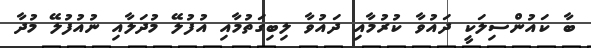
ބާ ކައުންސިލަކީ ދައުވާ ކުރުމާއި ދައުވާ ލިބިގަތުމާއި އުފުލޭ މުދަލާއި ނުއުފުލޭ މުދާ